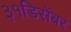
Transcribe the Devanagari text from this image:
३१डिसेंबर